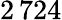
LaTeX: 2\, 724